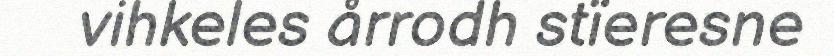
vihkeles årrodh stïeresne